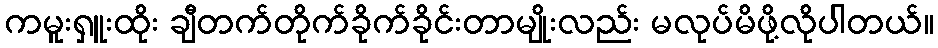
ကမူးရှူးထိုး ချီတက်တိုက်ခိုက်ခိုင်းတာမျိုးလည်း မလုပ်မိဖို့လိုပါတယ်။